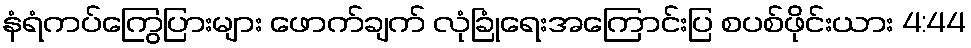
နံရံကပ်ကြွေပြားများ ဖောက်ချက် လုံခြုံရေးအကြောင်းပြ စပစ်ဖိုင်းယား 4:44